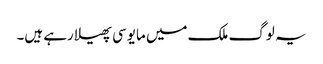
یہ لوگ ملک میں مایوسی پھیلا رہے ہیں۔